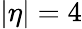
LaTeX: |\eta|=4